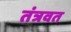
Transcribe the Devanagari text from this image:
तंत्रवत